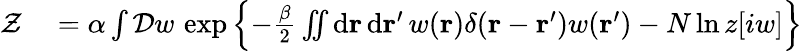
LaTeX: \begin{array}{rl}{\mathcal{Z}}&{{}=\alpha\int\mathcal{D}w\, \exp\left\{ -\frac{\beta}{2}\iint\mathrm{d}\mathbf{r}\, \mathrm{d}\mathbf{r}^{\prime}\, w(\mathbf{r})\delta(\mathbf{r}-\mathbf{r}^{\prime})w(\mathbf{r}^{\prime})-N\ln z[iw]\right\} }\end{array}